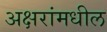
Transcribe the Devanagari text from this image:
अक्षरांमधील